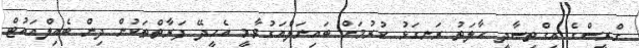
ގްރީސްގެ އިގްތިސާދީ ހާލަތު ރަނގަޅު ކުރުމަށް ބައިނަލްއަގުވާމީ އެހީދޭ ފަރާތްތަކުން ދިން ބެއިލްއައުޓް